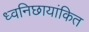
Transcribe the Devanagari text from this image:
ध्वनिछायांकित